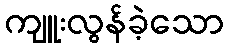
ကျူးလွန်ခဲ့သော